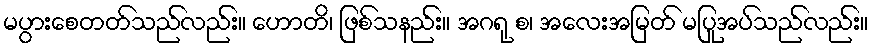
မပွားစေတတ်သည်လည်း။ ဟောတိ၊ ဖြစ်သနည်း။ အဂရု စ၊ အလေးအမြတ် မပြုအပ်သည်လည်း။